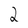
Character: 2